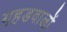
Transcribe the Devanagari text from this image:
गहडवालों